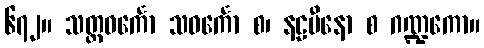
၆၇၂။ သတ္တဝင်္ကော သဝင်္ကော စ၊ နဠမီနော စ ဂဏ္ဍကော။